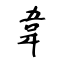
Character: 韋